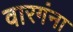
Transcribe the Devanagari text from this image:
वारगंना